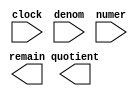
module DIV27_19 (
	clock,
	denom,
	numer,
	quotient,
	remain);

	input	  clock;
	input	[34:0]  denom;
	input	[42:0]  numer;
	output	[42:0]  quotient;
	output	[34:0]  remain;

endmodule